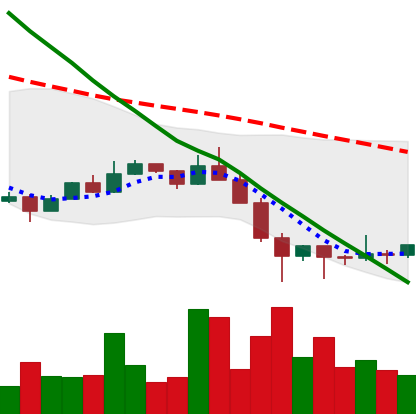
Ticker: ETC-USD
Chart end date: 2022-01-28
Forward return: 4.502%
Label: up_3_5